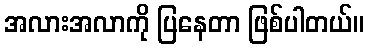
အလားအလာကို ပြနေတာ ဖြစ်ပါတယ်။